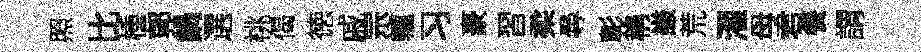
照比㮔郭鍋選桃偈徳戚宗轤习豪習柔尋彰稱謙荒濯母君餐謂